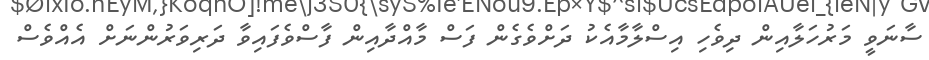
ސާނަވީ މަރުހަލާއިން ދިވެހި އިސްލާމާއެކު ދަށްވެގެން ފަސް މާއްދާއިން ފާސްވެފައިވާ ދަރިވަރުންނަށް އެއްވެސް